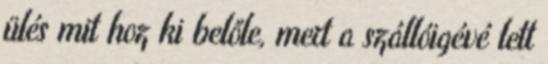
ülés mit hoz ki belőle, mert a szállóigévé lett